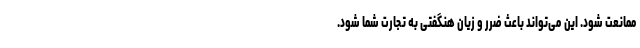
ممانعت شود. این می‌تواند باعث ضرر و زیان هنگفتی به تجارت شما شود.